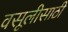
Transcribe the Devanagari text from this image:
वसूलीसाठी